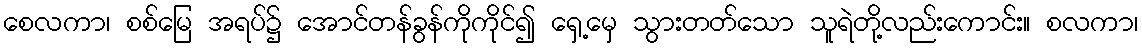
စေလကာ၊ စစ်မြေ အရပ်၌ အောင်တန်ခွန်ကိုကိုင်၍ ရှေ့မှေ သွားတတ်သော သူရဲတို့လည်းကောင်း။ စလကာ၊